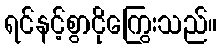
ရင်နင့်စွာငိုကြွေးသည်။